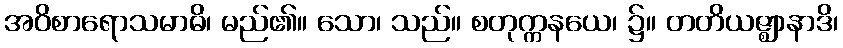
အဝိစာရောသမာဓိ၊ မည်၏။ သော၊ သည်။ စတုက္ကနယေ၊ ၌။ တတိယဇ္ဈာနာဒိ၊